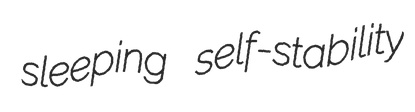
sleeping self-stability